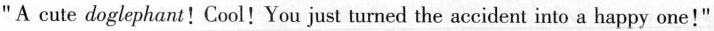
"A cute doglephant!Cool!You just turned the accident into a happy one!"